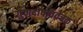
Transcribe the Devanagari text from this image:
गुणदोषविवेचक